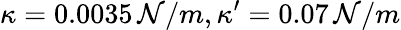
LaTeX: \kappa=0.0035\, \mathcal{N}/m,\kappa^{\prime}=0.07\, \mathcal{N}/m